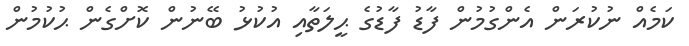
ކަމެއް ނުކުރަން އެންގުމުން ފާޑު ފާޑުގެ ޙީލަތާއި އުކުޅު ބޭނުން ކޮށްގެން ޙުކުމުން